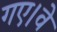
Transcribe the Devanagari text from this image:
गए।वे